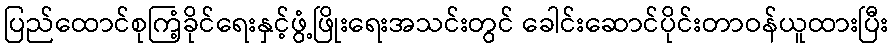
ပြည်ထောင်စုကြံ့ခိုင်ရေးနှင့်ဖွံ့ဖြိုးရေးအသင်းတွင် ခေါင်းဆောင်ပိုင်းတာဝန်ယူထားပြီး